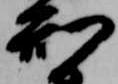
刑